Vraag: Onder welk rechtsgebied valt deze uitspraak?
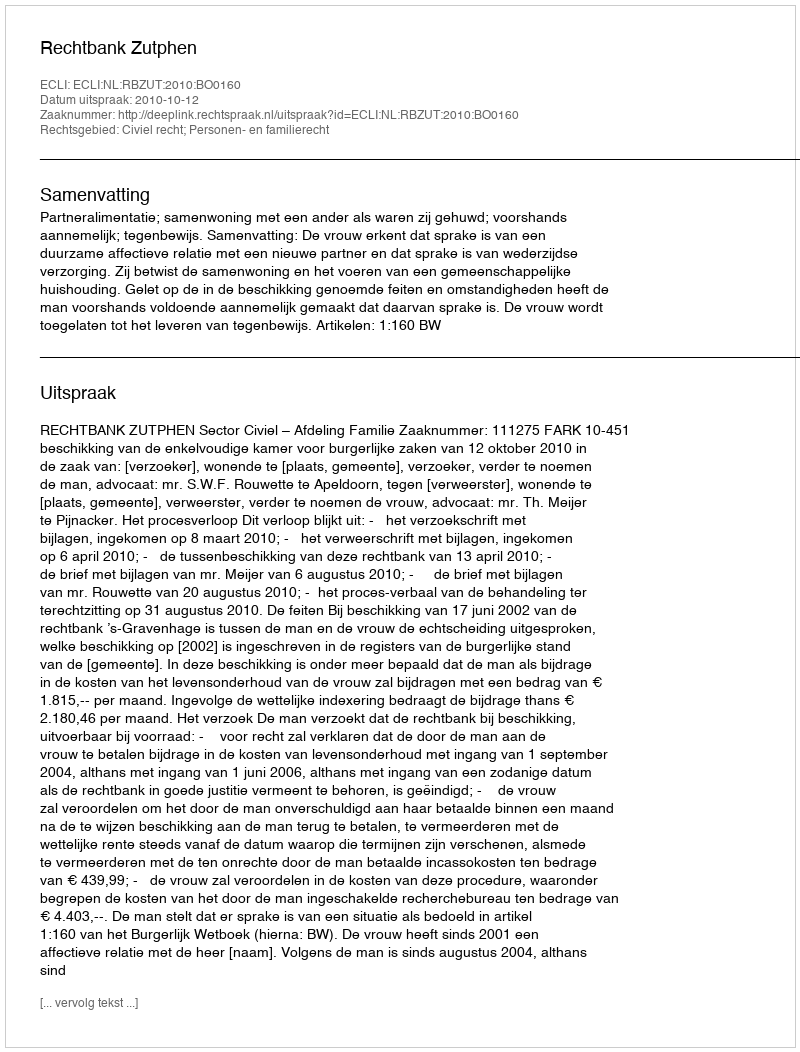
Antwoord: Civiel recht; Personen- en familierecht